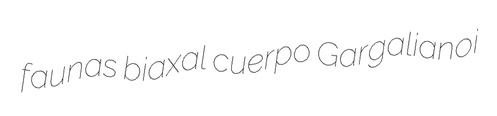
faunas biaxal cuerpo Gargalianoi